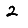
Digit: 2